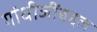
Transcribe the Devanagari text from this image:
गांधीजींबद्दल